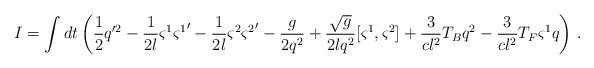
LaTeX: \begin{align*}I = \int dt \left(\frac 12 q'^2 - \frac{1}{2l}\varsigma^1{\varsigma^1}' - \frac{1}{2l}\varsigma^2{\varsigma^2}' - \frac{g}{2q^2} + \frac{\sqrt g}{2lq^2} [\varsigma^1, \varsigma^2] + \frac{3}{cl^2}T_B q^2 - \frac{3}{cl^2} T_F \varsigma^1 q\right)\,. \end{align*}